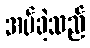
အပ်ခဲ့သည်